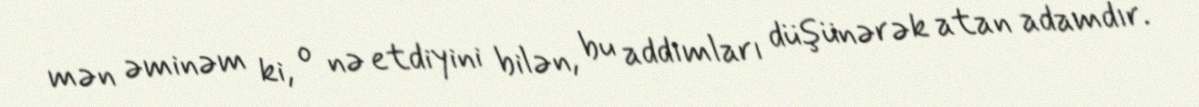
mən əminəm ki, o nə etdiyini bilən, bu addımları düşünərək atan adamdır.